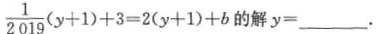
$$ \frac{1}{2019}(y + 1) + 3 = 2(y + 1) + b $$ 的解y = ___ .